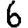
Digit: 6